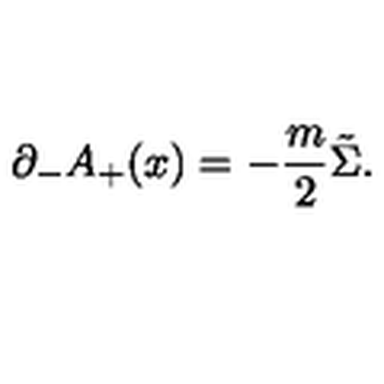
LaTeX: { \partial } _ { - } A _ { + } ( x ) = - \frac { m } { 2 } \tilde { \Sigma } .